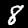
Digit: 8